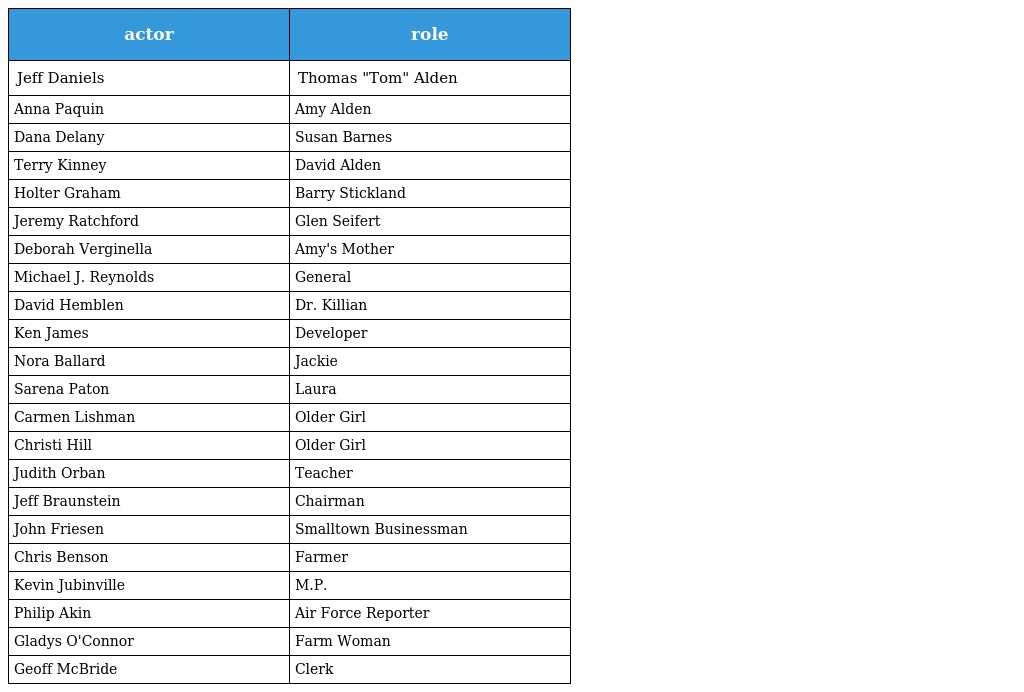
| actor | role |
 | --- | --- |
 | Jeff Daniels | Thomas "Tom" Alden |
 | Anna Paquin | Amy Alden |
 | Dana Delany | Susan Barnes |
 | Terry Kinney | David Alden |
 | Holter Graham | Barry Stickland |
 | Jeremy Ratchford | Glen Seifert |
 | Deborah Verginella | Amy's Mother |
 | Michael J. Reynolds | General |
 | David Hemblen | Dr. Killian |
 | Ken James | Developer |
 | Nora Ballard | Jackie |
 | Sarena Paton | Laura |
 | Carmen Lishman | Older Girl |
 | Christi Hill | Older Girl |
 | Judith Orban | Teacher |
 | Jeff Braunstein | Chairman |
 | John Friesen | Smalltown Businessman |
 | Chris Benson | Farmer |
 | Kevin Jubinville | M.P. |
 | Philip Akin | Air Force Reporter |
 | Gladys O'Connor | Farm Woman |
 | Geoff McBride | Clerk |